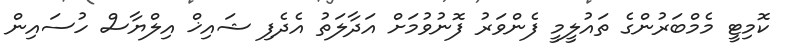
ކޮމިޓީ މެމްބަރުންގެ ތައުލީމީ ފެންވަރު ފޮނުވުމަށް އަދާލަތު އެދެފި ޝައިޚް އިލްޔާސް ހުސައިން